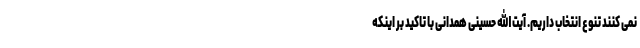
نمی کنند تنوع انتخاب داریم. آیت الله حسینی همدانی با تاکید بر اینکه